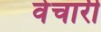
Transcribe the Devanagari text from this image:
वेचारी